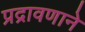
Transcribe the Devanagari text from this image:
प्रद्रावणाने